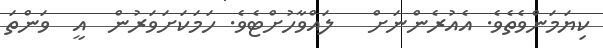
ކިޔަމަންވެތެވެ. އެއުރެންނަށް   ލައްވާހުށްޓެވެ. ހަމަކަށަަވަރުން  އީ  ވަންތަ